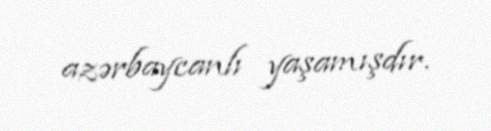
azərbaycanlı yaşamışdır.